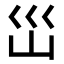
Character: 𭗼